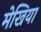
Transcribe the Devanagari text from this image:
मेखिया